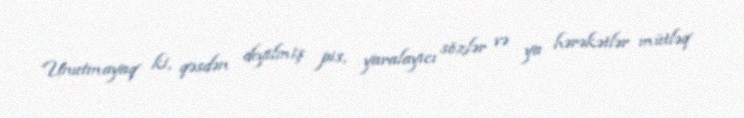
Unutmayaq ki, qəsdən deyilmiş pis, yaralayıcı sözlər və ya hərəkətlər mütləq